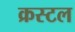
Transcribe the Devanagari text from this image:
क्रस्टल